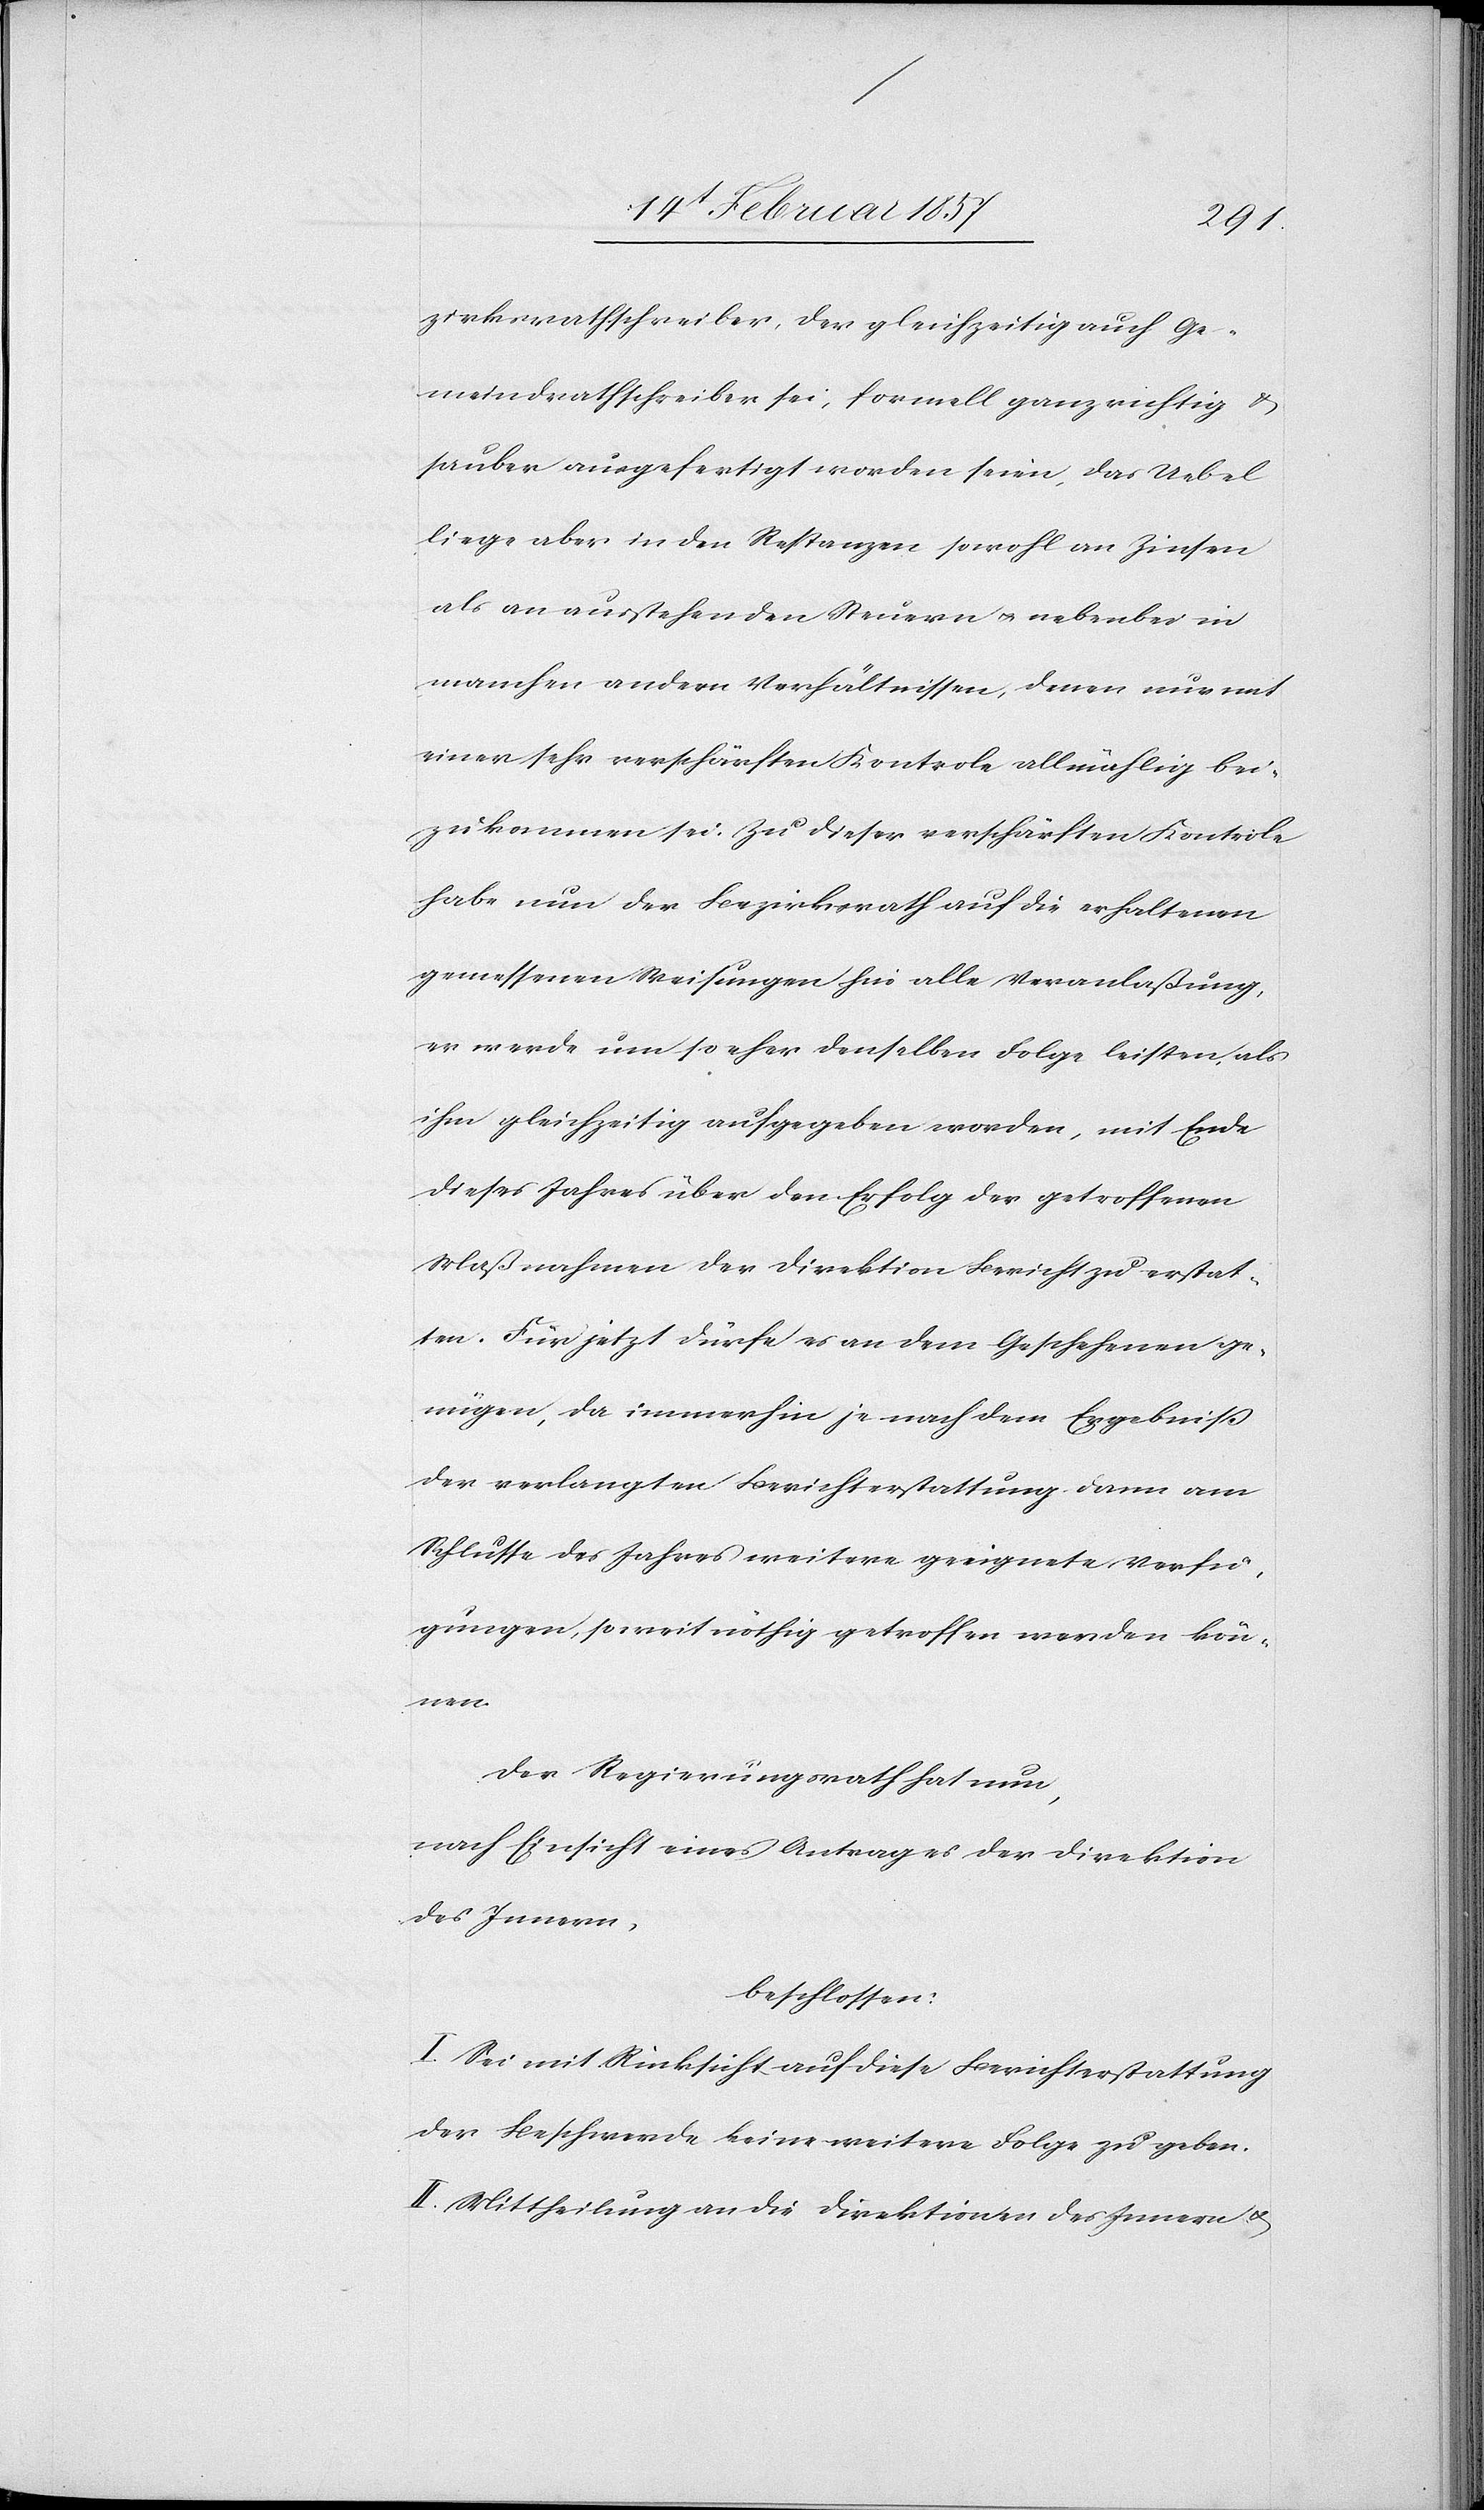
zirksrathschreiber, der gleichzeitig auch Ge¬
meindrathschreiber sei, formell ganz richtig u.
sauber ausgefertigt worden seien, das Uebel
liege aber in den Restanzen sowohl an Zinsen
als an ausstehenden Steuern u. nebenbei in
manchen andern Verhältnissen, denen nur mit
einer sehr verschärften Kontrole allmählig bei¬
zukommen sei. Zu dieser verschärften Kontrole
habe nun der Bezirksrath auf die erhaltenen
gemessenen Weisungen hin alle Veranlaßung,
er werde um so eher denselben Folge leisten, als
ihm gleichzeitig aufgegeben worden, mit Ende
dieses Jahres über den Erfolg der getroffenen
Maßnahmen der Direktion Bericht zu erstat¬
ten. Für jetzt dürfe es an dem Geschehenen ge¬
nügen, da immerhin je nach dem Ergebniß
der verlangten Berichterstattung dann am
Schlusse des Jahres weitere geeignete Verfü¬
gungen, soweit nöthig getroffen werden kön¬
nen.
Der Regierungsrath hat nun,
nach Einsicht eines Antrages der Direktion
des Innern,
beschlossen:
I. Sei mit Rücksicht auf diese Berichterstattung
der Beschwerde keine weitere Folge zu geben.
II. Mittheilung an die Direktionen des Innern u.